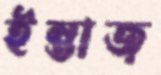
ইন্তাজ